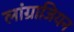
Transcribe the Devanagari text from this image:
लांग्राजियन